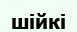
шійкі